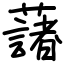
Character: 藷